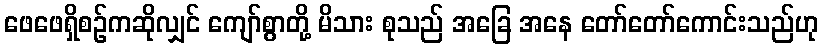
ဖေဖေရှိစဉ်ကဆိုလျှင် ကျော်စွာတို့ မိသား စုသည် အခြေ အနေ တော်တော်ကောင်းသည်ဟု